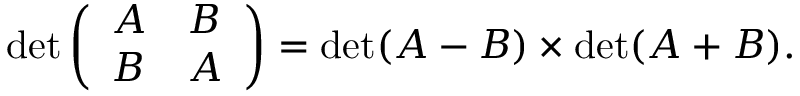
\operatorname* { d e t } { \left( \begin{array} { l l } { A } & { B } \\ { B } & { A } \end{array} \right) } = \operatorname* { d e t } ( A - B ) \times \operatorname* { d e t } ( A + B ) .